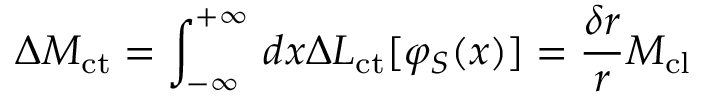
\Delta M _ { \mathrm { c t } } = \int _ { - \infty } ^ { + \infty } \, d x \Delta { \cal L } _ { \mathrm { c t } } [ \varphi _ { S } ( x ) ] = \frac { \delta r } { r } M _ { \mathrm { c l } }